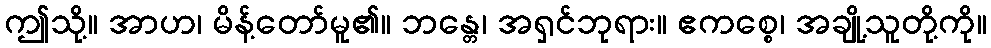
ဤသို့။ အာဟ၊ မိန့်တော်မူ၏။ ဘန္တေ၊ အရှင်ဘုရား။ ဧကစ္စေ၊ အချို့သူတို့ကို။